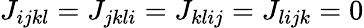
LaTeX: J_{ijkl}=J_{jkli}=J_{klij}=J_{lijk}=0